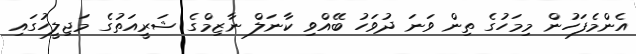
އެންމެފަހުން މިމަހުގެ ތިން ވަނަ ދުވަހު ބޭއްވި ކާނަލް ނާޒިމްގެ ޝަރީއަތުގެ މަޖިލީހުގައި